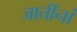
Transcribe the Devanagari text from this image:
जातींनां